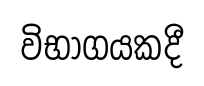
විභාගයකදී